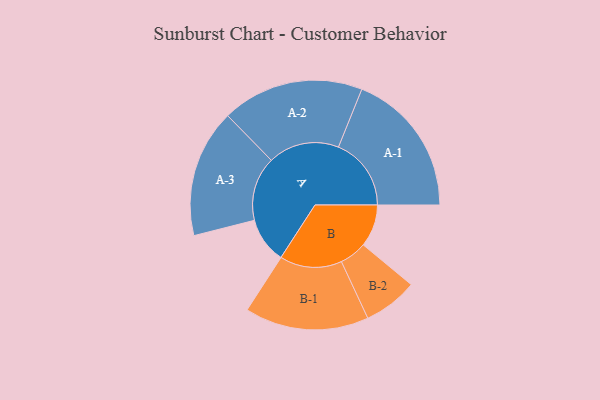
{"axis": {"x": "Segment", "y": "Value"}, "legend": ["", "A", "B"], "data": [{"x": "A", "y": 184, "type": ""}, {"x": "B", "y": 170, "type": ""}, {"x": "A-1", "y": 292, "type": "A"}, {"x": "A-2", "y": 285, "type": "A"}, {"x": "A-3", "y": 257, "type": "A"}, {"x": "B-1", "y": 249, "type": "B"}, {"x": "B-2", "y": 109, "type": "B"}]}